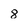
Character: 8